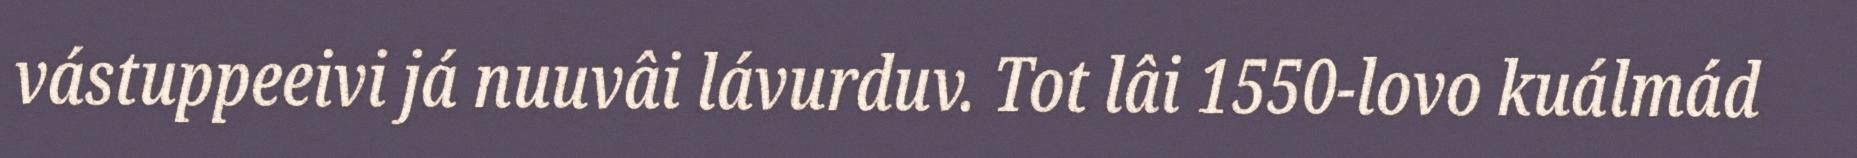
vástuppeeivi já nuuvâi lávurduv. Tot lâi 1550-lovo kuálmád